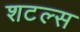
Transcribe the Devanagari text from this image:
शटल्स